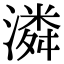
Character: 潾